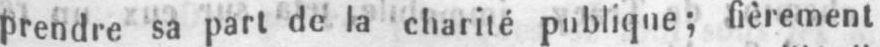
prendre sa part de la charité publique; fièrement